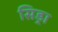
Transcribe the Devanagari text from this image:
सिड्रा